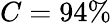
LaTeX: C=94\%